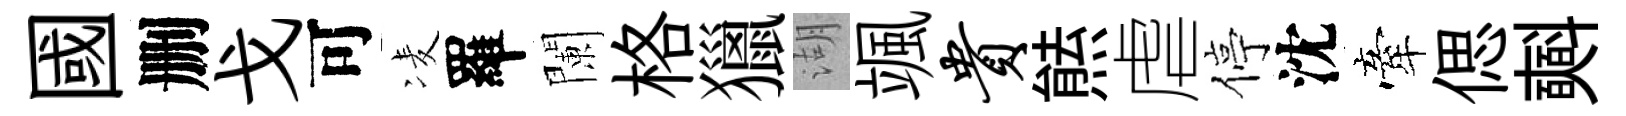
國删戈可凌羅闌格獵湖颯贵㷱虐停沈牽偲𣂏